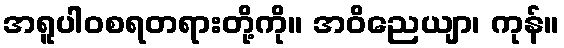
အရူပါဝစရတရားတို့ကို။ အဝိညေယျာ၊ ကုန်။